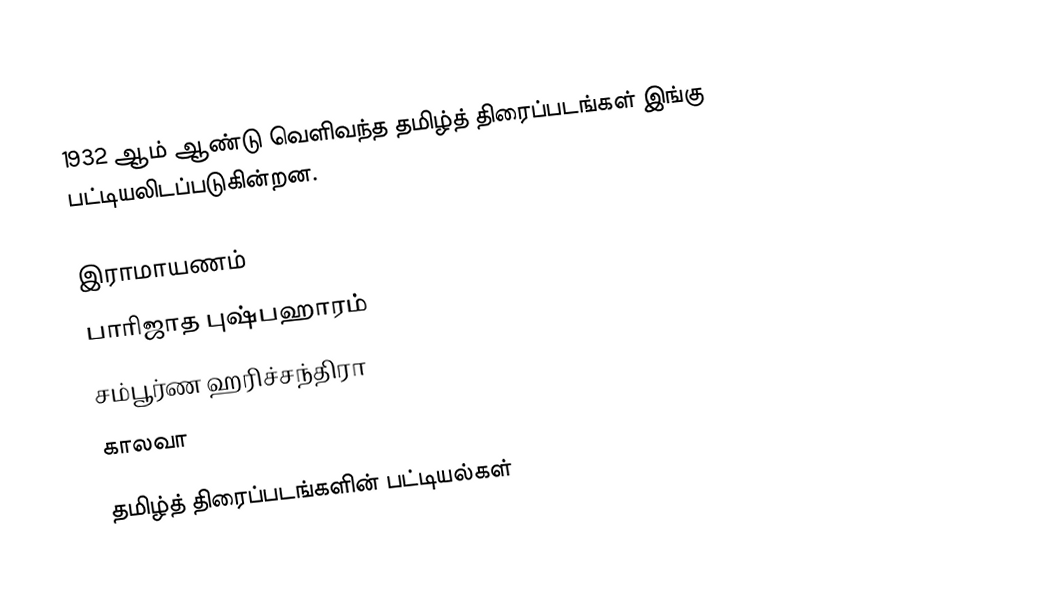
1932 ஆம் ஆண்டு வெளிவந்த தமிழ்த் திரைப்படங்கள் இங்கு பட்டியலிடப்படுகின்றன.

இராமாயணம்
பாரிஜாத புஷ்பஹாரம்
சம்பூர்ண ஹரிச்சந்திரா
காலவா

தமிழ்த் திரைப்படங்களின் பட்டியல்கள்